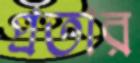
প্রতার